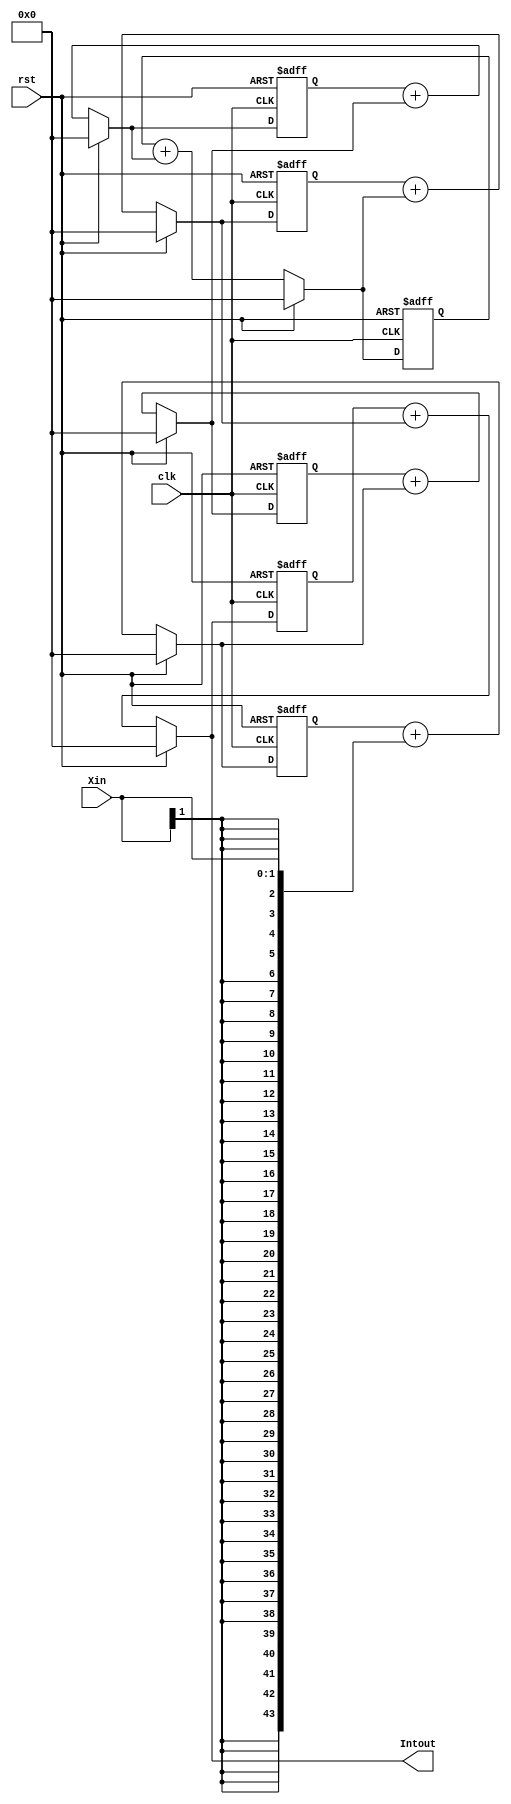
/*
	2023.12.11 
		
	Integrated.v
:	Bit
	Mul_CIC
:	
	Integrated
		CIC65Sigma-Delta

	231211 
*/

module Integrated(
	rst,clk,Xin,
	Intout
);

input rst;	// 
input clk;	//512KHz
input signed [1:0]		Xin;	//512KHz
output signed [43:0]	Intout;	//

//+
wire signed [43:0] 	I1,I2,I3,I4,I5,I6,temp;
reg	signed	[43:0]	d1,d2,d3,d4,d5,d6;


//1
always@(posedge clk or posedge rst)
	if(rst)
		d1 <= 44'd0;
	else
		d1 <= I1;
		
//
assign I1 = (rst ? 44'd0 :(d1+{{42{Xin[1]}},Xin}));		//Xind1Xin01
//
assign temp = {{42{Xin[1]}},Xin};	

//2
always@(posedge clk or posedge rst)
	if(rst)
		d2 <= 44'd0;
	else
		d2 <= I2;
//		
assign I2 = (rst ? 44'd0 : (d2+I1));

//3
always@(posedge clk or posedge rst)
	if(rst)
		d3 <= 44'd0;
	else
		d3 <= I3;
//		
assign I3 = (rst ? 44'd0 : (d3+I2));

//4
always@(posedge clk or posedge rst)
	if(rst)
		d4 <= 44'd0;
	else
		d4 <= I4;
//4		
assign I4 = (rst ? 44'd0 : (d4+I3));

//5
always@(posedge clk or posedge rst)
	if(rst)
		d5 <= 44'd0;
	else
		d5 <= I5;
//5		
assign I5 = (rst ? 44'd0 : (d5+I4));

//5
always@(posedge clk or posedge rst)
	if(rst)
		d6 <= 44'd0;
	else
		d6 <= I6;
//6		
assign I6 = (rst ? 44'd0 : (d6+I5));

//
assign Intout = I6;	


endmodule